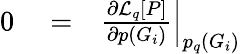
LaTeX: \begin{array}{rlr}{0}&{{}=}&{\left.\frac{\partial\mathcal{L}_{q}[P]}{\partial p(G_{i})}\right|_{p_{q}(G_{i})}}\end{array}